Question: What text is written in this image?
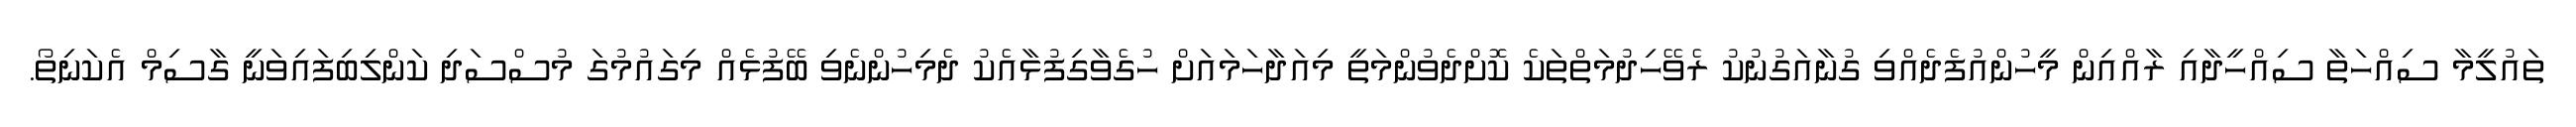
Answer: ތައުލީމާ ސިއްހަތާ ސިއްހީދާއި ރާއްއިން މީހުންއުފެދެއްވި ގުނާއަގުނުކު ރެވޭހިދުމަތްތަކެ ކޮށްދެވުންމަތީ މިއަދާހަމައަށް ހުގެވާގިފުޅާއެކު ދެމިހުންނެވި ބޭފުޅެއް މިގައުމުގަ މުސްސަދި ކަންލިބިފައިވަނީ ގާސިމް އެކަނިތޯ.